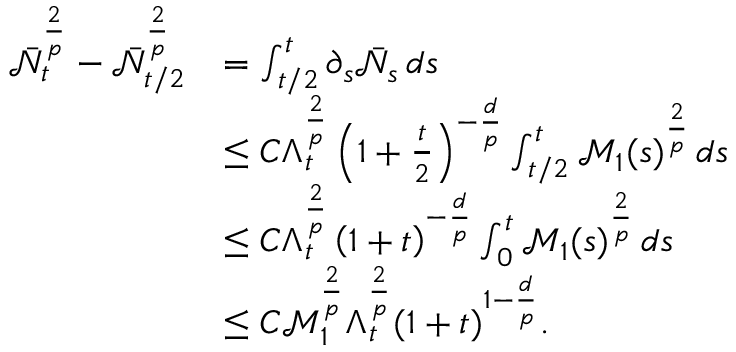
\begin{array} { r l } { \bar { \mathcal { N } } _ { t } ^ { \frac 2 p } - \bar { \mathcal { N } } _ { t / 2 } ^ { \frac 2 p } } & { = \int _ { t / 2 } ^ { t } \partial _ { s } \bar { \mathcal { N } } _ { s } \, d s } \\ & { \leq C \Lambda _ { t } ^ { \frac 2 p } \left( 1 + \frac { t } { 2 } \right) ^ { - \frac d p } \int _ { t / 2 } ^ { t } \mathcal { M } _ { 1 } ( s ) ^ { \frac 2 p } \, d s } \\ & { \leq C \Lambda _ { t } ^ { \frac 2 p } \left( 1 + t \right) ^ { - \frac d p } \int _ { 0 } ^ { t } \mathcal { M } _ { 1 } ( s ) ^ { \frac 2 p } \, d s } \\ & { \leq C \mathscr { M } _ { 1 } ^ { \frac 2 p } \Lambda _ { t } ^ { \frac 2 p } ( 1 + t ) ^ { 1 - \frac { d } { p } } . } \end{array}